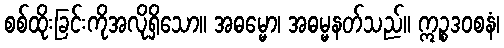
စစ်ထိုးခြင်းကိုအလိုရှိသော။ အဓမ္မော၊ အဓမ္မနတ်သည်။ ဣဉ္စဒဝစနံ၊